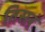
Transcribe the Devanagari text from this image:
तिसरं